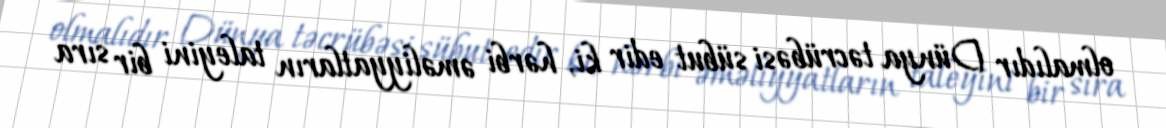
olmalıdır Dünya təcrübəsi sübut edir ki, hərbi əməliyyatların taleyini bir sıra